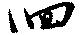
徊